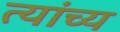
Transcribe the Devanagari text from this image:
त्यांच्य